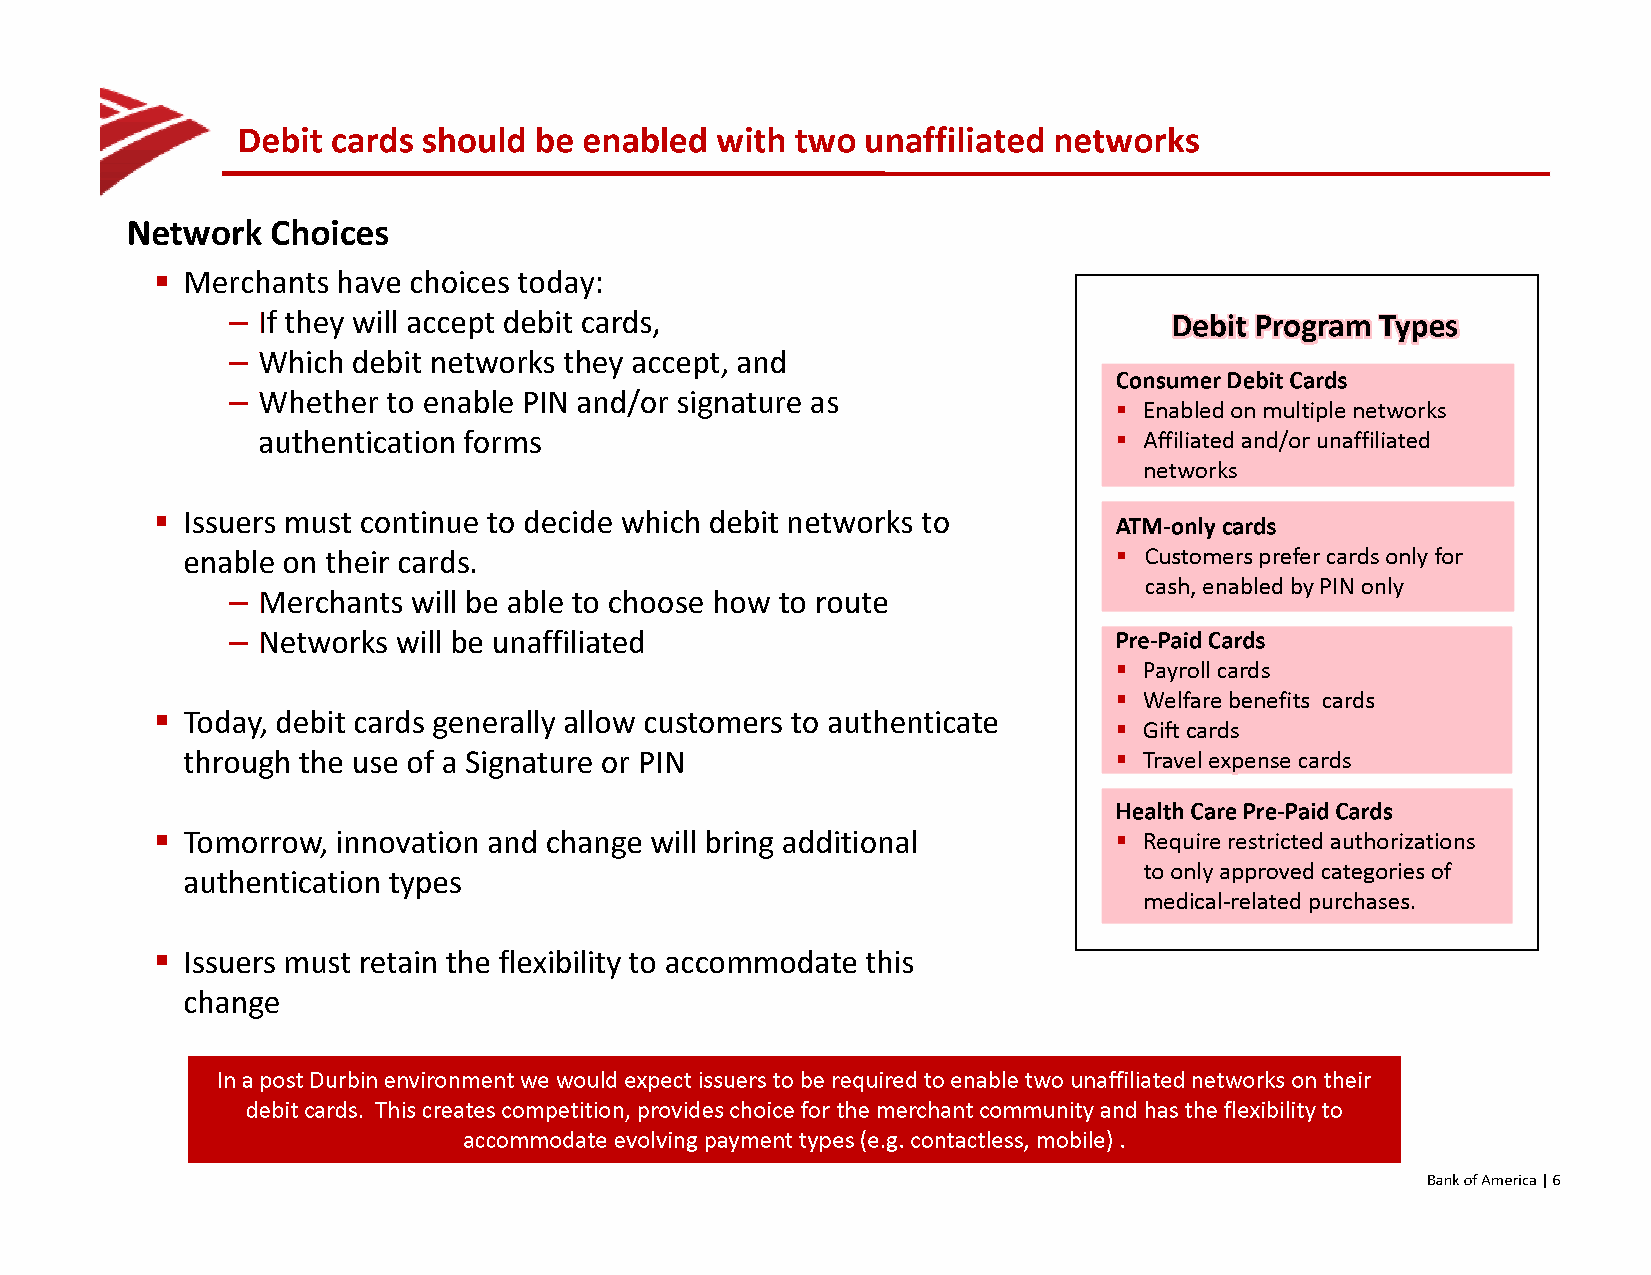
Debit cards should  be enabled with  two unaffiliated networks
 Network  Choices
 •                       Merchants have choices                          today:
 - If they will accept debit cards,                             Debit Program Types
 - Which debit networks they accept, and
 Consumer Debit Cards
 - Whether  to enable PIN and/or signature as
 • Enabled on multiple networks
 authentication forms                                        • Affiliated and/or unaffiliated
 networks
 •                              Issuers must continue to decide which debit networks to
 ATM-only cards
 enable on their cards.                                           • Customers prefer cards only for
 cash, enabled by PIN only
 - Merchants will be able to choose how to route
 - Networks will be unaffiliated                            Pre-Paid Cards
 • Payroll cards
 • Welfare benefits cards
 •                               Today, debit cards generally allow customers to authenticate
 • Gift cards
 through the use of a Signature or PIN                            • Travel expense cards
 Health Care Pre-Paid Cards
 •                     • RTeoqumiroe rrreostwric,t eidn nauotvhaortiizoatnio nasn d change will bring additional
 to only approved categories of
 authentication types
 medical-related purchases.
 •                              Issuers must retain the flexibility to accommodate this
 change
 In a post Durbin environment we would expect issuers to be required to enable two unaffiliated networks on their
 debit cards. This creates competition, provides choice for the merchant community and has the flexibility to
 accommodate evolving payment types (e.g. contactless, mobile).